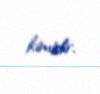
kimidir.